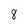
Character: 8